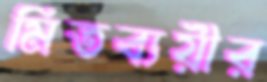
মিতব্যয়ীর